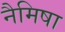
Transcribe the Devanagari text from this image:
नैमिषा